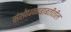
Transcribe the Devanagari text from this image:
संशोधनाबाबतीतील